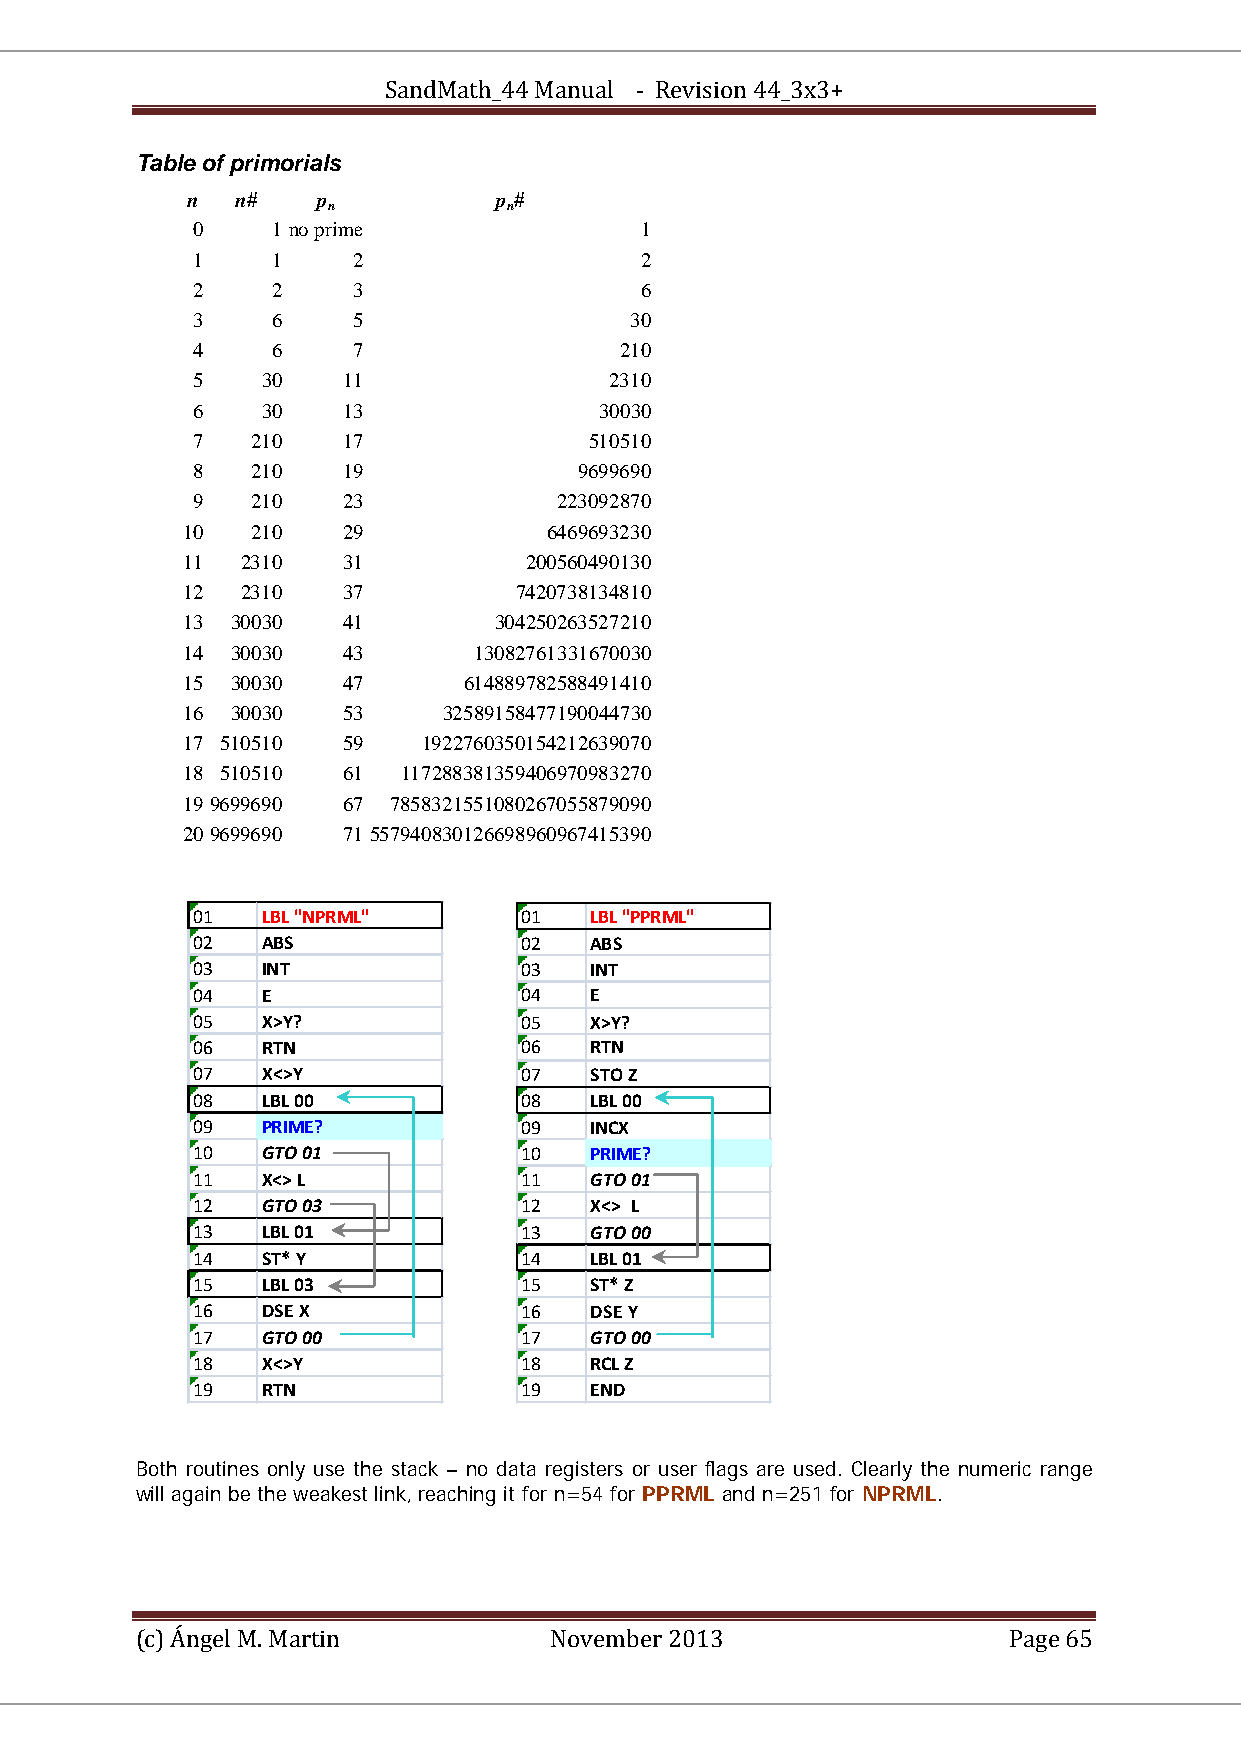
SandMath_44 Manual - Revision 44_3x3+
 Table of primorials
 TT TTTT
 n   n#   p           p #
 BBnBB       BBnBB
 0    1 no prime              1
 1    1    2                  2
 2    2    3                  6
 3    6    5                  30
 4    6    7                 210
 5   30    11               2310
 6   30    13               30030
 7   210   17              510510
 8   210   19             9699690
 9   210   23            223092870
 10   210   29           6469693230
 11  2310   31          200560490130
 12  2310   37         7420738134810
 13 30030   41        304250263527210
 14 30030   43      13082761331670030
 15 30030   47      614889782588491410
 16 30030   53    32589158477190044730
 17 510510  59   1922760350154212639070
 18 510510  61  117288381359406970983270
 19 9699690 67 7858321551080267055879090
 20 9699690 71 557940830126698960967415390
 01  LBL "NPRML"      01   LBL "PPRML"
 02  ABS              02   ABS
 03  INT              03   INT
 04  E                04   E
 05  X>Y?             05   X>Y?
 06  RTN              06   RTN
 07  X<>Y             07   STO Z
 08  LBL 00           08   LBL 00
 09  PRIME?           09   INCX
 10  GTO 01           10   PRIME?
 11  X<> L            11   GTO 01
 12  GTO 03           12   X<> L
 13  LBL 01           13   GTO 00
 14  ST* Y            14   LBL 01
 15  LBL 03           15   ST* Z
 16  DSE X            16   DSE Y
 17  GTO 00           17   GTO 00
 18  X<>Y             18   RCL Z
 19  RTN              19   END
 Both routines only use the stack – no data registers or user flags are used. Clearly the numeric range
 will again be the weakest link, reaching it for n=54 for PPRML and n=251 for NPRML.
 (c) Ángel M. Martin        November 2013                  Page 65